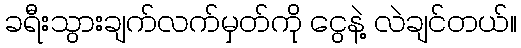
ခရီးသွားချက်လက်မှတ်ကို ငွေနဲ့ လဲချင်တယ်။